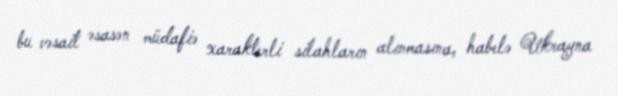
bu vəsait əsasən müdafiə xarakterli silahların alınmasına, habelə Ukrayna